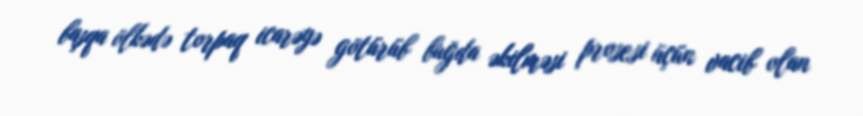
başqa ölkədə torpaq icarəyə götürüb buğda əkilməsi prosesi üçün vacib olan